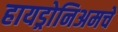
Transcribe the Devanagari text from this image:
हायड्रोनिअमचे